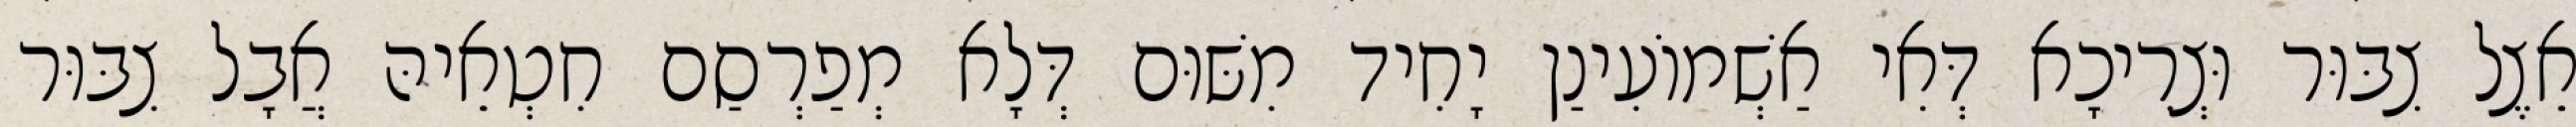
אֵצֶל צִבּוּר וּצְרִיכָא דְּאִי אַשְׁמוֹעִינַן יָחִיד מִשּׁוּם דְּלָא מְפַרְסַם חִטְאֵיהּ אֲבָל צִבּוּר